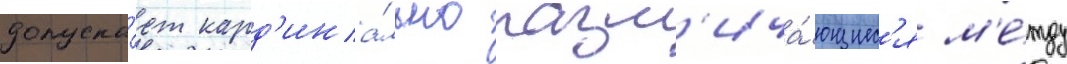
допуска́ет кард'ина́льно разл'ича́ющиес'я м'е́жду